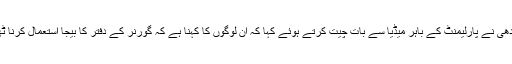
راہول گاندھی نے پارلیمنٹ کے باہر میڈیا سے بات چیت کرتے ہوئے کہا کہ ان لوگوں کا کہنا ہے کہ گورنر کے دفتر کا بیجا استعمال کرنا ٹھیک ہے ۔